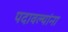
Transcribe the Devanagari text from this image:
पदावल्यांना